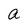
Character: a